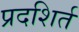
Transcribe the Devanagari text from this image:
प्रदशिर्त